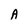
Character: A